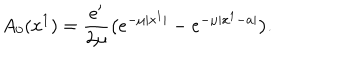
A _ { 0 } ( x ^ { 1 } ) = { \frac { e ^ { \prime } } { 2 \mu } } \big ( e ^ { - \mu | x ^ { 1 } | } - e ^ { - \mu | x ^ { 1 } - a | } \big ) .